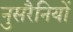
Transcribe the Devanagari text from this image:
नुसरैनियों